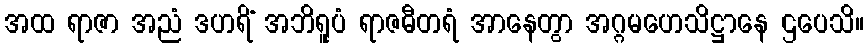
အထ ရာဇာ အညံ ဒဟရိံ အဘိရူပံ ရာဇဓီတရံ အာနေတွာ အဂ္ဂမဟေသိဋ္ဌာနေ ဌပေသိ။